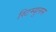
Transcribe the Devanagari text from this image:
स्टिम्युलस